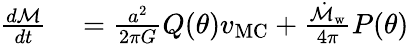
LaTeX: \begin{array}{rl}{\frac{d\mathcal{M}}{dt}}&{{}=\frac{a^{2}}{2\pi G}Q(\theta)v_{\mathrm{MC}}+\frac{\dot{\mathcal{M}}_{\mathrm{w}}}{4\pi}P(\theta)}\end{array}